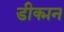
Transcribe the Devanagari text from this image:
डीक्मन